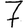
Digit: 7